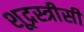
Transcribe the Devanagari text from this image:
शूद्रस्त्रीसी